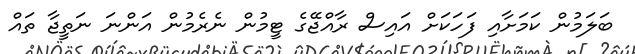
ބަލަމުން ކަމަށާއި ފަހަކަށް އައިސް ރާއްޖޭގެ ޓީމުން ނެރެމުން އަންނަ ނަތީޖާ ތައް